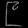
Digit: ၉